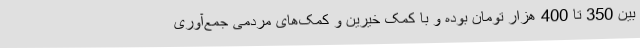
بین 350 تا 400 هزار تومان بوده و با کمک خیرین و کمک‌های مردمی جمع‌آوری